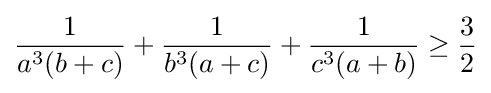
{\frac {1}{a^{3}(b+c)}}+{\frac {1}{b^{3}(a+c)}}+{\frac {1}{c^{3}(a+b)}}\geq {\frac {3}{2}}